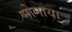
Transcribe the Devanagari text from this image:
मोमाया